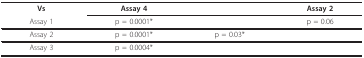
<table><thead><tr><td><b>Vs</b></td><td><b>Assay 4</b></td><td>[EMPTY_CELL]</td><td><b>Assay 2</b></td></tr><tr><td><b>Assay 1</b></td><td><b>p = 0.0001*</b></td><td>[EMPTY_CELL]</td><td><b>p = 0.06</b></td></tr></thead><tbody><tr><td>Assay 2</td><td>p = 0.0001*</td><td>p = 0.03*</td><td>[EMPTY_CELL]</td></tr><tr><td>Assay 3</td><td>p = 0.0004*</td><td>[EMPTY_CELL]</td><td>[EMPTY_CELL]</td></tr></tbody></table>